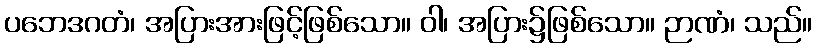
ပဘေဒဂတံ၊ အပြားအားဖြင့်ဖြစ်သော။ ဝါ၊ အပြား၌ဖြစ်သော။ ဉာဏံ၊ သည်။